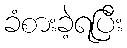
ခံစားခဲ့ရပြီး